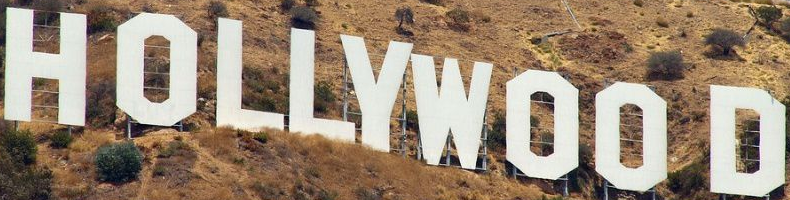
HOLLYWOO D